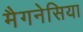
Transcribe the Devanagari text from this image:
मैगनेसिया